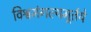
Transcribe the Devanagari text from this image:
विश्वमंगल्यमूर्तये